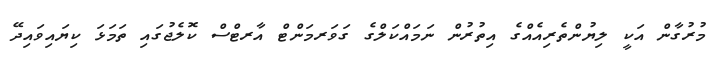
މުރުގާން އަކީ ލިޔުންތެރިއެއްގެ އިތުރުން ނަމައްކަލްގެ ގަވަރމަންޓް އާރޓްސް ކޮލެޖުގައި ތަމަޅަ ކިޔައިވައިދޭ